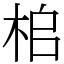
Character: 桘